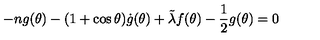
- n g ( \theta ) - ( 1 + \cos \theta ) \dot { g } ( \theta ) + \tilde { \lambda } f ( \theta ) - \frac { 1 } { 2 } g ( \theta ) = 0